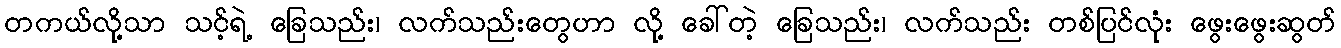
တကယ်လို့သာ သင့်ရဲ့ ခြေသည်း၊ လက်သည်းတွေဟာ လို့ ခေါ်တဲ့ ခြေသည်း၊ လက်သည်း တစ်ပြင်လုံး ဖွေးဖွေးဆွတ်